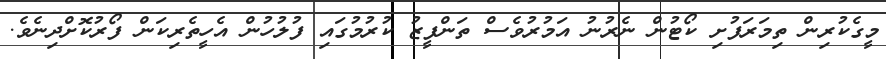
މީގެކުރިން ތިމަރަފުށި ކޯޓުން ނެރުނު އަމުރުވެސް ތަންފީޒު ކުރުމުގައި ފުލުހުން އެހީތެރިކަން ފޯރުކޮށްދިނެވެ.